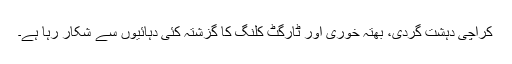
کراچی دہشت گردی، بھتہ خوری اور ٹارگٹ کلنگ کا گزشتہ کئی دہائیوں سے شکار رہا ہے۔